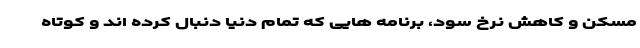
مسکن و کاهش نرخ سود، برنامه هایی که تمام دنیا دنبال کرده اند و کوتاه